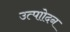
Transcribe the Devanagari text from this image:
उत्पाोदन